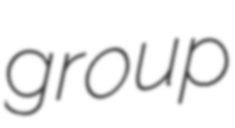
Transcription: group